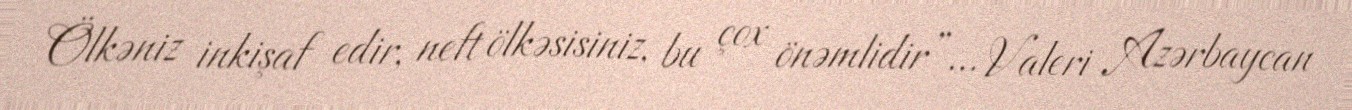
Ölkəniz inkişaf edir, neft ölkəsisiniz, bu çox önəmlidir”... Valeri Azərbaycan